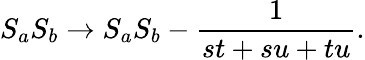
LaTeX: {S_{a}S_{b}}\rightarrow S_{a}S_{b}-{\frac{1}{st+su+tu}}.